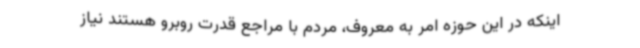
اینکه در این حوزه امر به معروف، مردم با مراجع قدرت روبرو هستند نیاز